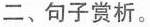
二、句子赏析